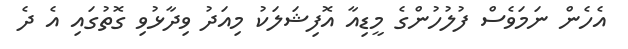
އެހެން ނަމަވެސް ފުލުހުންގެ މީޑިއާ އޮފިޝަލަކު މިއަދު ވިދާޅުވި ގޮތުގައި އެ ދެ